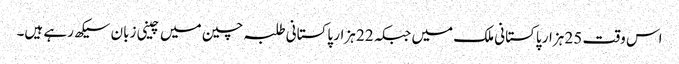
اس وقت 25 ہزار پاکستانی ملک میں جبکہ 22 ہزار پاکستانی طلبہ چین میں چینی زبان سیکھ رہے ہیں۔